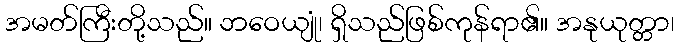
အမတ်ကြီးတို့သည်။ ဘဝေယျုံ၊ ရှိသည်ဖြစ်ကုန်ရာ၏။ အနုယုတ္တာ၊